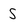
Character: s